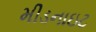
મીડનાઇટ